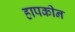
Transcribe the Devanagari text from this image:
हापकीन